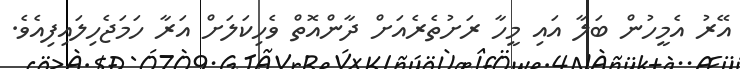
އޭރު އެމީހުން ބަލާ އައި މީހާ ރަށުތެރެއަށް ދާންއޮތް ވެހިކަލަށް އަރާ ހަމަޖެހިލައިފިއެވެ.